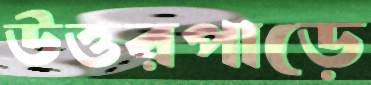
উত্তরপাড়ে